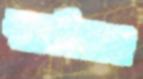
স্মরণিকাও